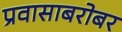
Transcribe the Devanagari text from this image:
प्रवासाबरोबर